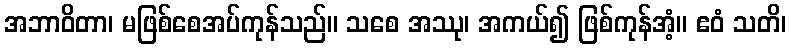
အဘာဝိတာ၊ မဖြစ်စေအပ်ကုန်သည်။ သစေ အဿု၊ အကယ်၍ ဖြစ်ကုန်အံ့။ ဧဝံ သတိ၊